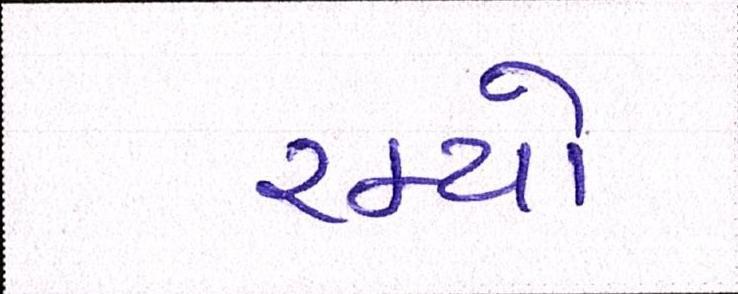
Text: રમ્યો